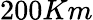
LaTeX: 200Km